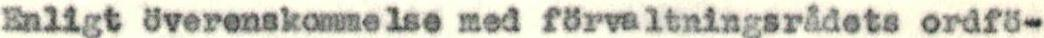
Enligt överenskommelse med förvaltningsrådets ordfö-